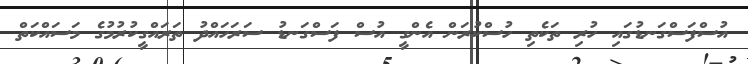
އުސްފަސްގަނޑުގައި ހުރި ތަކެތި ހުސްކުރަން އެންގީ އުސް ފަސްގަނޑު ސަރަހައްދު ތަރައްގީކުރުމުގެ މަސައްކަތް